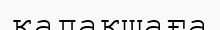
қалақшаға